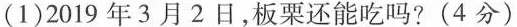
(1)2019年3月2日，板栗还能吃吗?(4分)